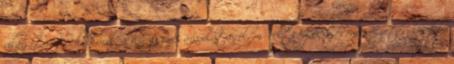
világítástechnikáról, a kor eszmei áramlatairól, műveltségéről és művészetéről stb.